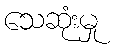
သေဆုံးမှု